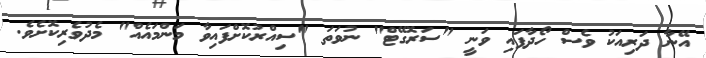
އޭނާ ދަރިއަކު ވެސް ހޯދާފައި ވަނީ "ސަރޮގޭޓް" ނުވަތަ "ސިއްރުކޮށްފައިވާ މަންމައެއް" މެދުވެރިކޮށެވެ.